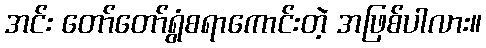
အင်း တော်တော်ရွံစရာကောင်းတဲ့ အဖြစ်ပါလား။